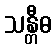
သန္တီဓ